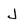
Character: J